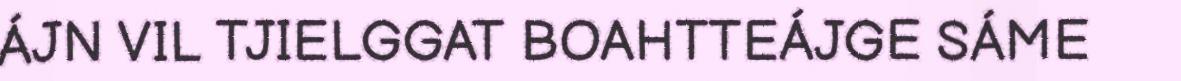
ÁJN VIL TJIELGGAT BOAHTTEÁJGE SÁME